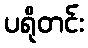
ပရိုတင်း